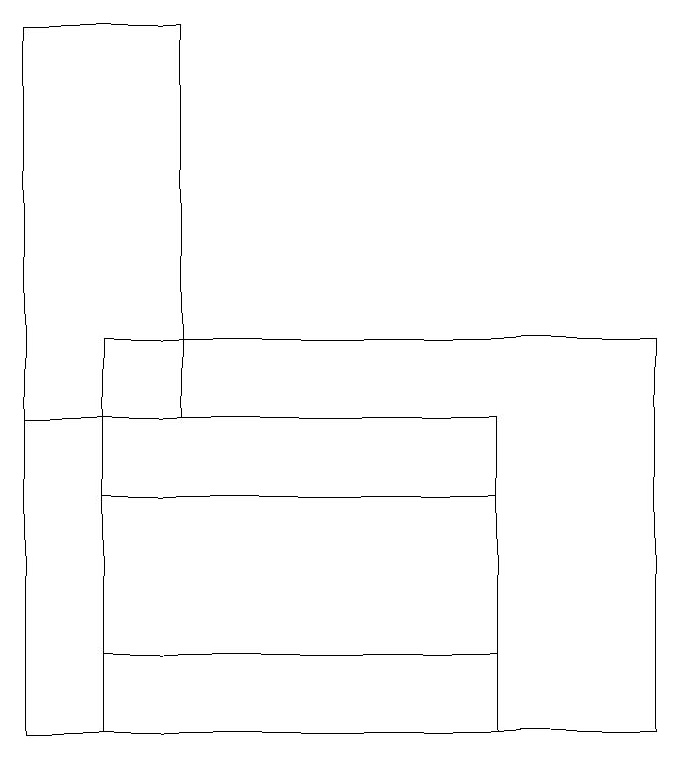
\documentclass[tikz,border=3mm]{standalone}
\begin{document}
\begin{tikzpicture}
\draw (6,14) rectangle (0,10);
\draw (1,10) rectangle (8,15);
\draw (1,13) rectangle (6,11);
\draw (0,14) rectangle (2,19);
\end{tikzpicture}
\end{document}